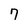
Character: 7